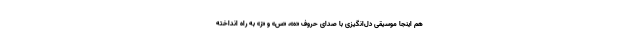
هم اینجا موسیقی دل‌انگیزی با صدای حروف «ه»، «س» و «ز» به راه انداخته